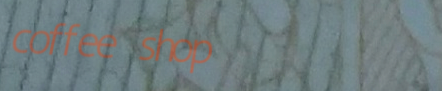
coffee shop